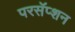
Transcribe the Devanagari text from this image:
परसॅप्शन